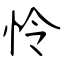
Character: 怜